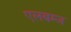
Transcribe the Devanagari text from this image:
एलबम्ज